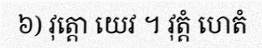
៦) វុត្តោ យេវ ។ វុត្តំ ហេតំ